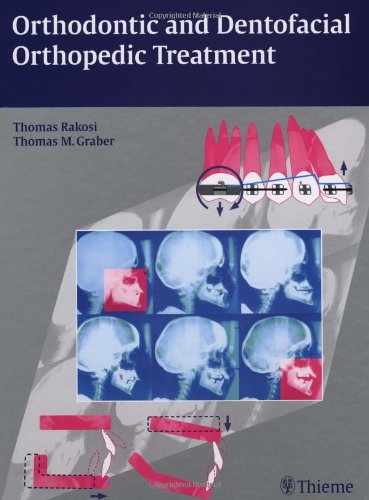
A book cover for Orthodontic and Dentofacial Orthopedic Treatment; Thomas Rakosi; Medical Books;